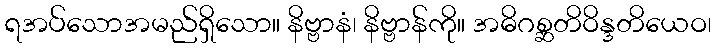
ရအပ်သောအမည်ရှိသော။ နိဗ္ဗာနံ၊ နိဗ္ဗာန်ကို။ အဓိဂစ္ဆတိဝိန္ဒတိယေဝ၊